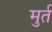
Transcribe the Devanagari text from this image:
मुर्त